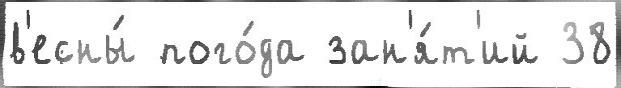
в'есны́ пого́да зан'я́т'ий 38